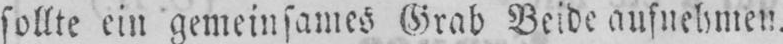
sollte ein gemeinsames Grab Beide aufnehmen.